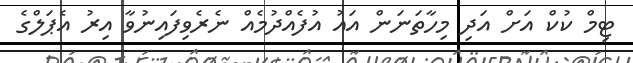
ޓިމް ކުކް އަށް އަދި މިހާތަނަން އައު އުފެއްދުމެއް ނެރެވިފައިނުވާ އިރު އެޕަލްގެ